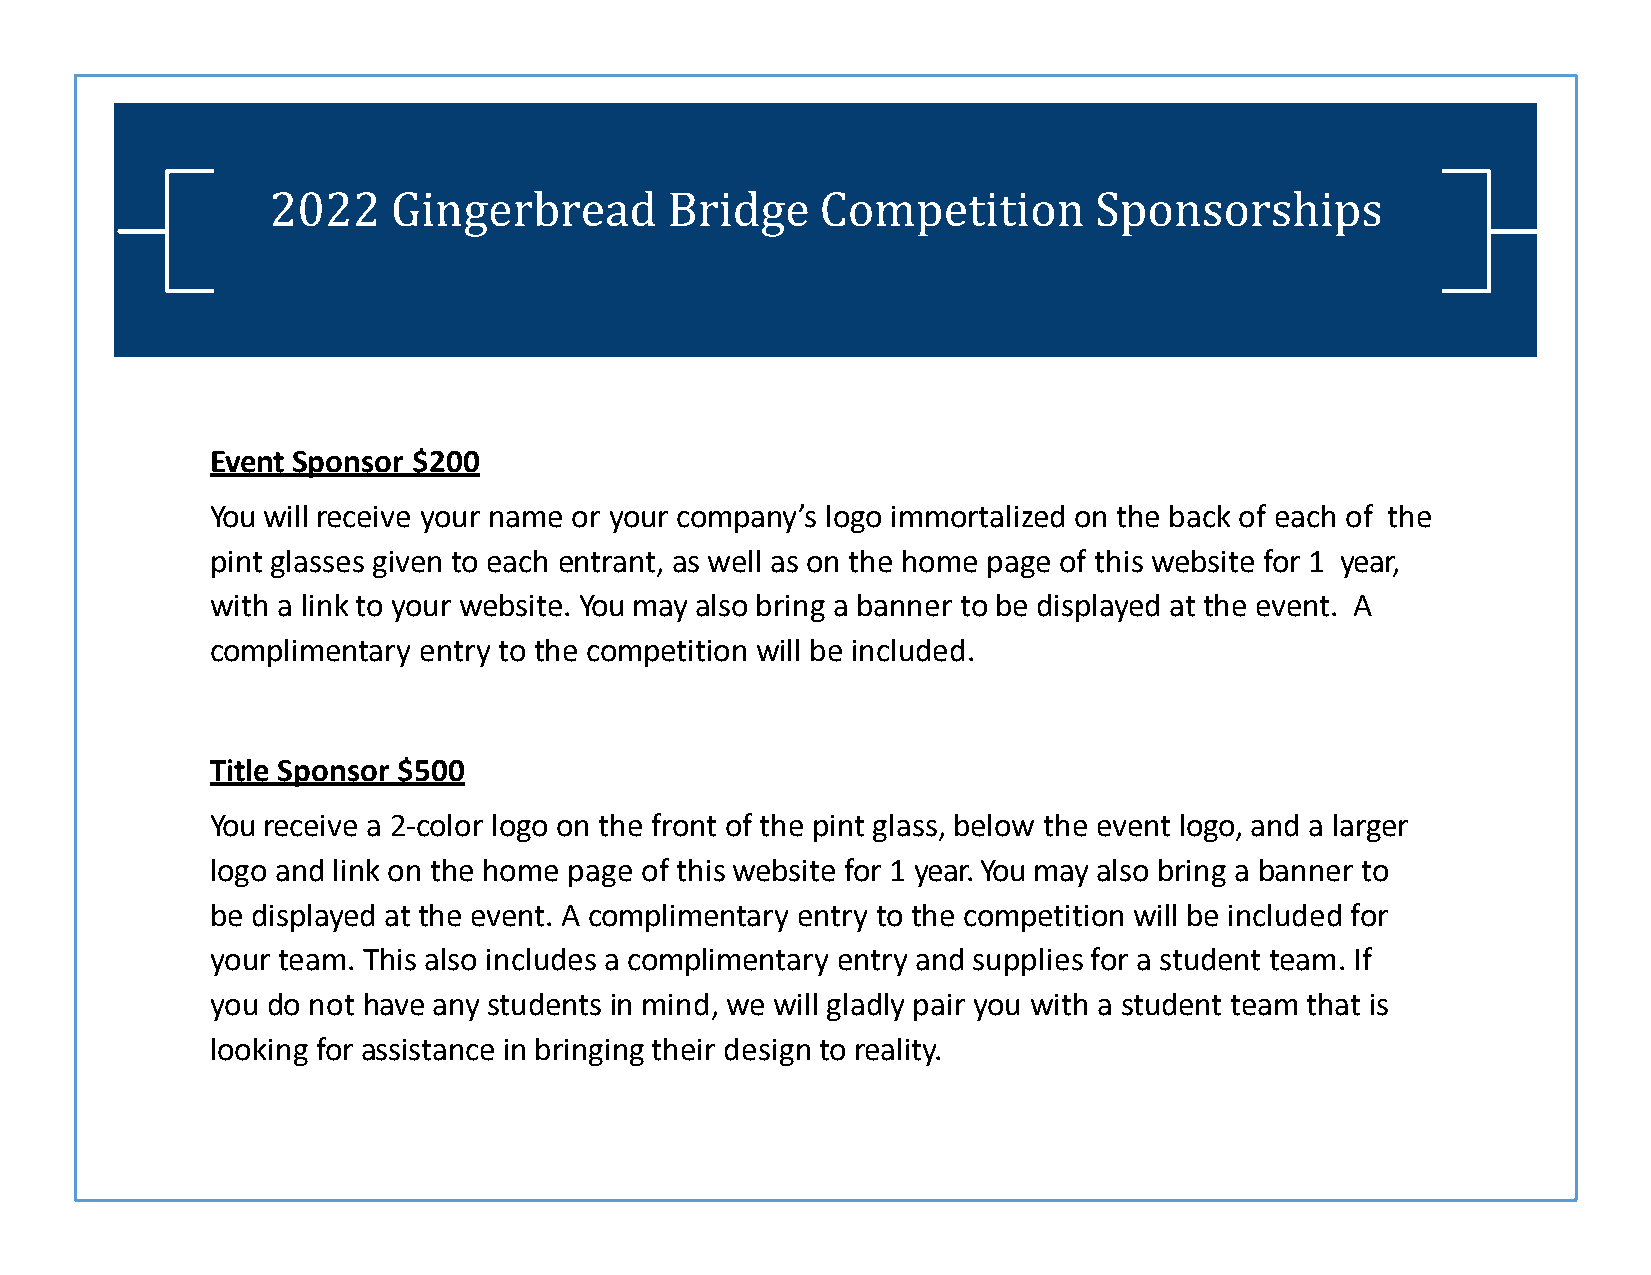
2022    Gingerbread       Bridge    Competition       Sponsorships
 Event Sponsor $200
 You will receive your name or your company’s logo immortalized on the back of each of the
 pint glasses given to each entrant, as well as on the home page of this website for 1 year,
 with a link to your website. You may also bring a banner to be displayed at the event. A
 complimentary entry to the competition will be included.
 Title Sponsor $500
 You receive a 2-color logo on the front of the pint glass, below the event logo, and a larger
 logo and link on the home page of this website for 1 year. You may also bring a banner to
 be displayed at the event. A complimentary entry to the competition will be included for
 your team. This also includes a complimentary entry and supplies for a student team. If
 you do not have any students in mind, we will gladly pair you with a student team that is
 looking for assistance in bringing their design to reality.